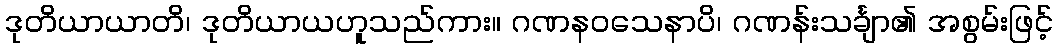
ဒုတိယာယာတိ၊ ဒုတိယာယဟူသည်ကား။ ဂဏနဝသေနာပိ၊ ဂဏန်းသင်္ချာ၏ အစွမ်းဖြင့်